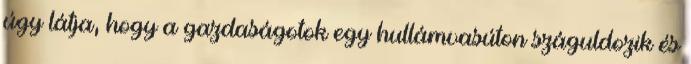
úgy látja, hogy a gazdaságotok egy hullámvasúton száguldozik és